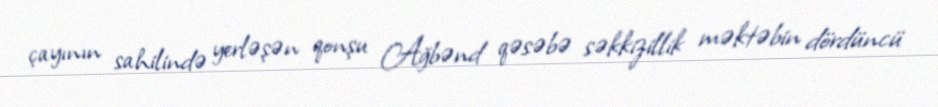
çayının sahilində yerləşən qonşu Ağbənd qəsəbə səkkizillik məktəbin dördüncü